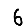
Digit: 6